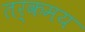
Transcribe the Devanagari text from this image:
तर्कमय